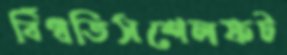
বিঁধতিসশেলফট